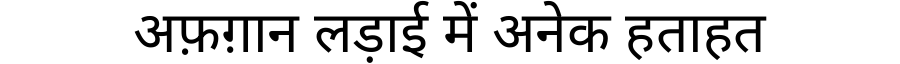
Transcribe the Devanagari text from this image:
अफ़ग़ान लड़ाई में अनेक हताहत